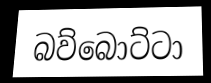
බව්බොට්ටා